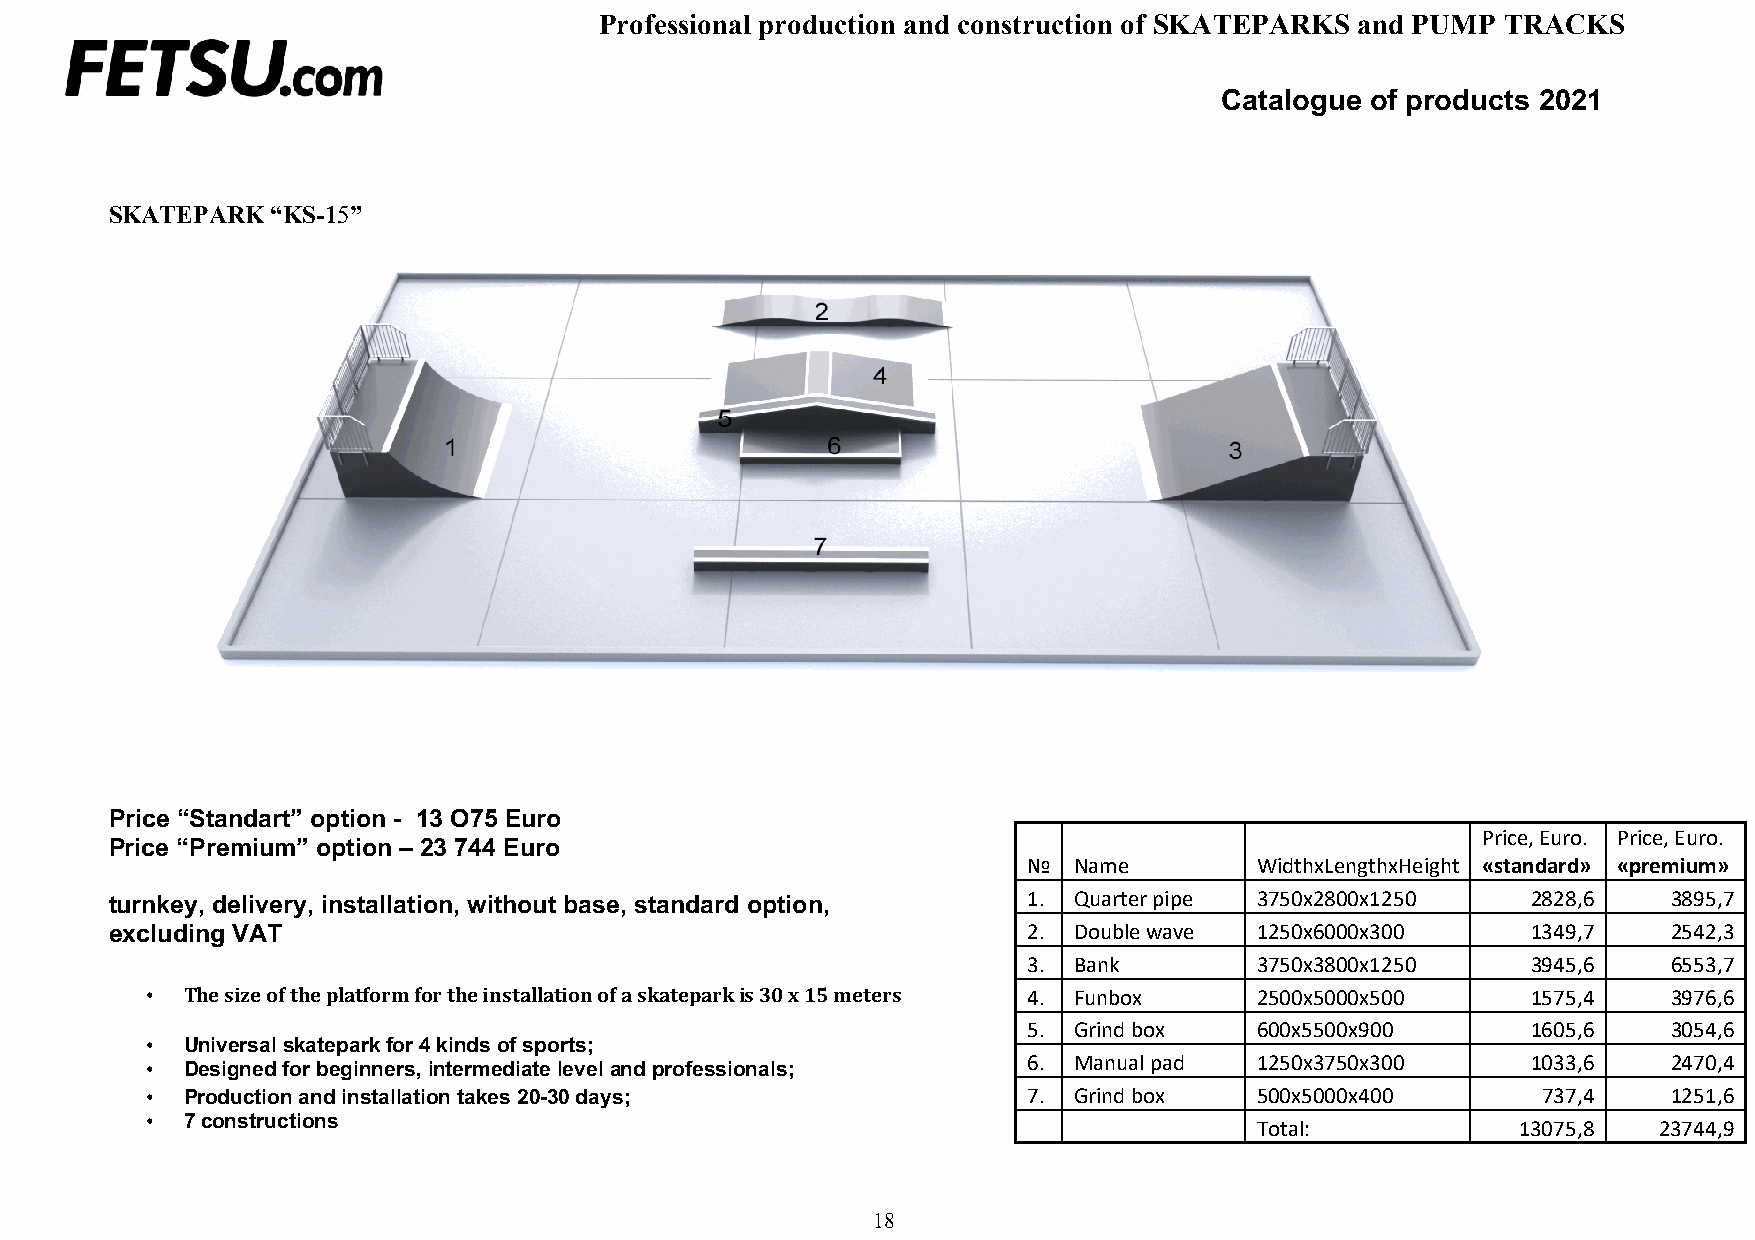
Professional production and construction of SKATEPARKS and PUMP TRACKS
 Catalogue of products 2021
 SKATEPARK  “KS-15”
 Price “Standart” option - 13 O75 Euro
 Price, Euro. Price, Euro.
 Price “Premium” option – 23 744 Euro
 №  Name        WidthxLengthxHeight «standard» «premium»
 turnkey, delivery, installation, without base, standard option, 1. Quarter pipe 3750х2800х1250 2828,6   3895,7
 excluding VAT                                                2. Double wave 1250х6000х300     1349,7    2542,3
 3. Bank        3750х3800х1250    3945,6    6553,7
 • The size of the platform for the installation of a skatepark is 30 x 15 meters 4. Funbox 2500х5000х500 1575,4 3976,6
 5. Grind box   600х5500х900      1605,6    3054,6
 • Universal skatepark for 4 kinds of sports;
 • Designed for beginners, intermediate level and professionals;
 6. Manual pad  1250х3750х300     1033,6    2470,4
 • Production and installation takes 20-30 days;           7. Grind box   500х5000х400       737,4    1251,6
 • 7 constructions
 Total:            13075,8  23744,9
 18